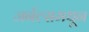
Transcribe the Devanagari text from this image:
जर्नल्समधून